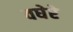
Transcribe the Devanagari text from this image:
वघेरे